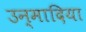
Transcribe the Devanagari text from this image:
उन्मादिया